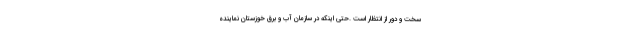
سخت و دور از انتظار است .حتی اینکه در سازمان آب و برق خوزستان نماینده